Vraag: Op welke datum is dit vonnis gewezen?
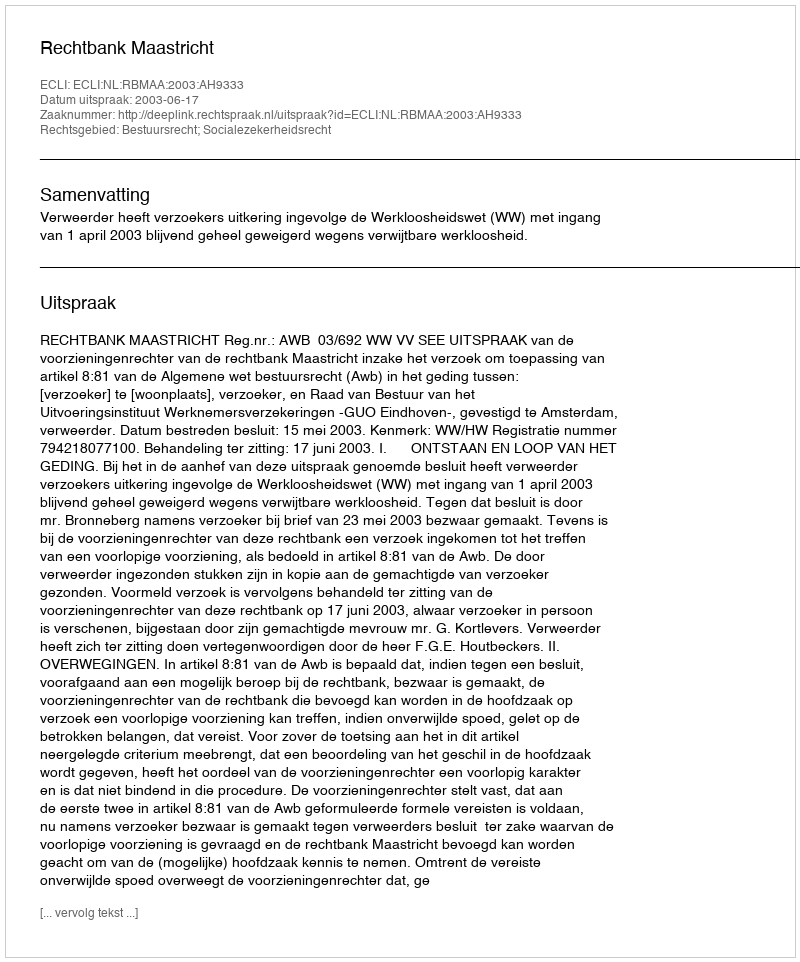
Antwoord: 2003-06-17